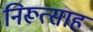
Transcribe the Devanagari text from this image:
निरूत्साह